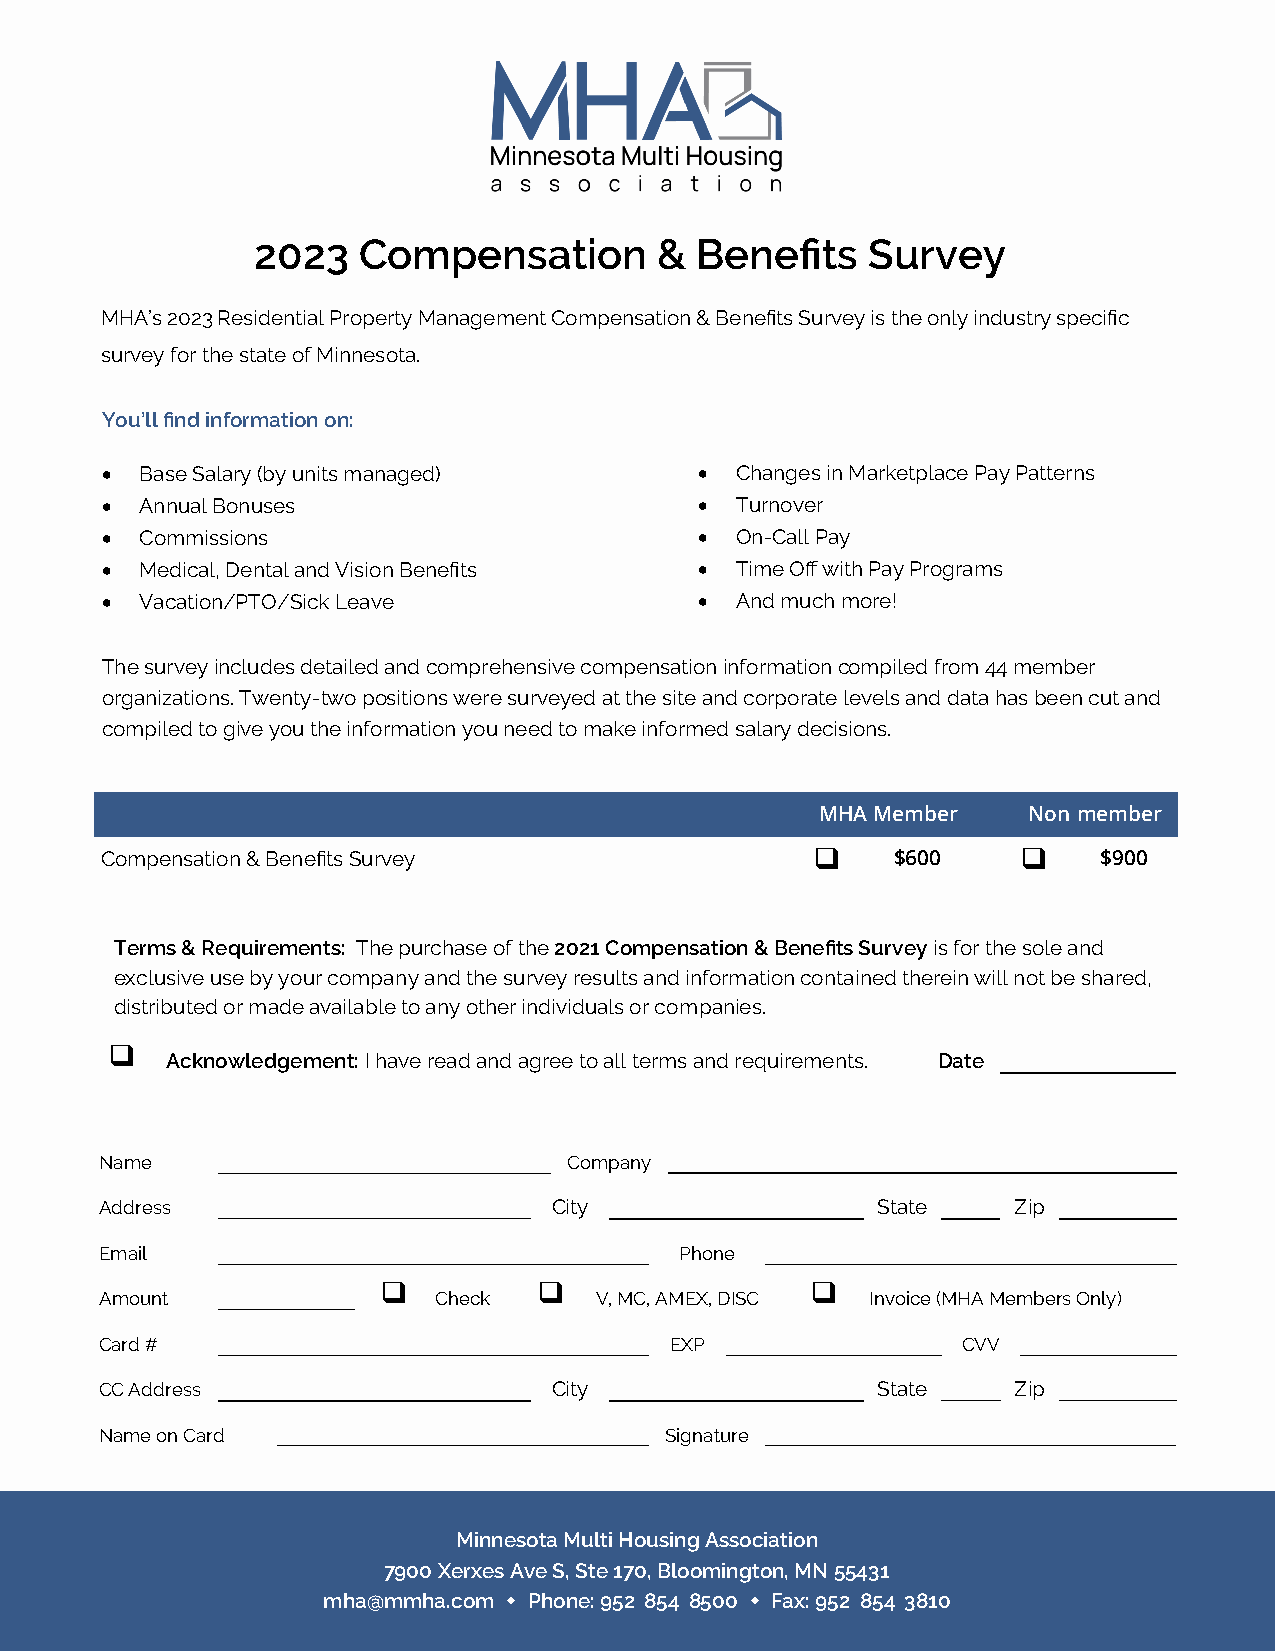
2023   Compensation        & Benefits    Survey
 MHA’s 2023 Residential Property Management Compensation & Benefits Survey is the only industry specific
 survey for the state of Minnesota.
 You’ll find information on:
 • Base Salary (by units managed)       •  Changes in Marketplace Pay Patterns
 • Annual Bonuses                       •  Turnover
 • Commissions                          •  On-Call Pay
 • Medical, Dental and Vision Benefits  •  Time Off with Pay Programs
 • Vacation/PTO/Sick Leave              •  And much more!
 The survey includes detailed and comprehensive compensation information compiled from 44 member
 organizations. Twenty-two positions were surveyed at the site and corporate levels and data has been cut and
 compiled to give you the information you need to make informed salary decisions.
 MHA Member    Non-member
 Compensation & Benefits Survey                 ❑    $600     ❑    $900
 Terms & Requirements: The purchase of the 2021 Compensation & Benefits Survey is for the sole and
 exclusive use by your company and the survey results and information contained therein will not be shared,
 distributed or made available to any other individuals or companies.
 ❑
 Acknowledgement: I have read and agree to all terms and requirements. Date
 Name                           Company
 Address                       City                 State    Zip
 Email                                 Phone
 ❑          ❑                 ❑
 Amount                Check     V, MC, AMEX, DISC  Invoice (MHA Members Only)
 Card #                               EXP                 CVV
 CC Address                    City                 State    Zip
 Name on Card                         Signature
 Minnesota Multi Housing Association
 7900 Xerxes Ave S, Ste 170, Bloomington, MN 55431
 mha@mmha.com  Phone: 952-854-8500  Fax: 952-854-3810